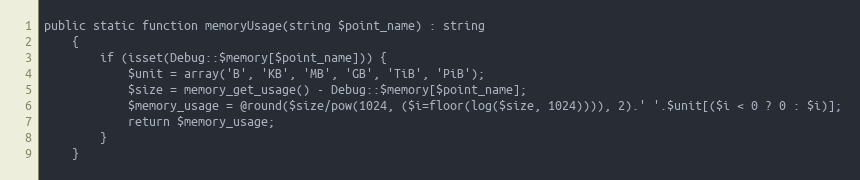
Language: PHP
public static function memoryUsage(string $point_name) : string
    {
        if (isset(Debug::$memory[$point_name])) {
            $unit = array('B', 'KB', 'MB', 'GB', 'TiB', 'PiB');
            $size = memory_get_usage() - Debug::$memory[$point_name];
            $memory_usage = @round($size/pow(1024, ($i=floor(log($size, 1024)))), 2).' '.$unit[($i < 0 ? 0 : $i)];
            return $memory_usage;
        }
    }